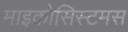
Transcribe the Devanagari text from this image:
माइक्रोसिस्टमस